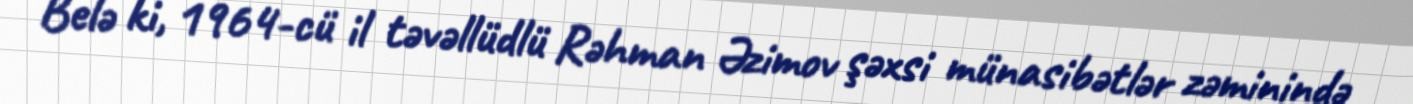
Belə ki, 1964-cü il təvəllüdlü Rəhman Əzimov şəxsi münasibətlər zəminində